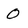
Character: 0